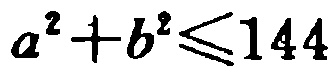
\(a^{2}+b^{2}\leq144\)